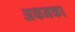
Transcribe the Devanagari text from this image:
अकनका